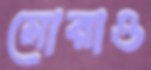
মোরাও